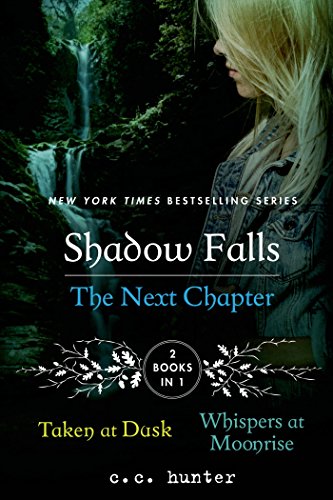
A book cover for Shadow Falls: The Next Chapter: Taken at Dusk and Whispers at Moonrise (A Shadow Falls Novel); C. C. Hunter; Teen & Young Adult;